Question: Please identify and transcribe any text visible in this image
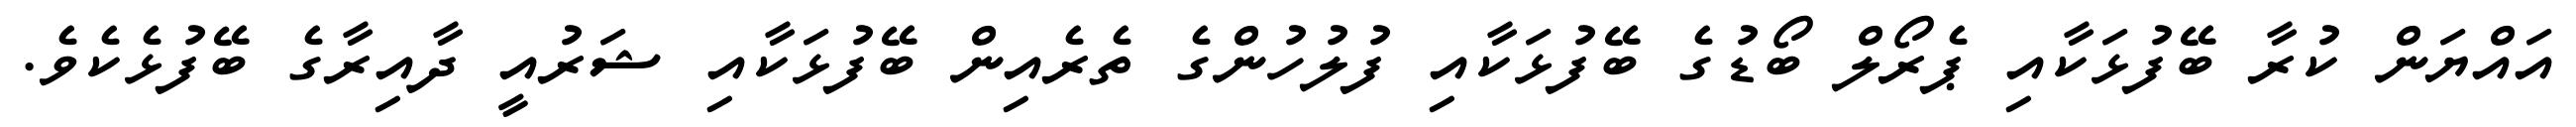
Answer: އައްޔަން ކުރާ ބޭފުޅަކާއި ޕެރޯލް ބޯޑުގެ ބޭފުޅަކާއި ފުލުހުންގެ ތެރެއިން ބޭފުޅަކާއި ޝަރުއީ ދާއިރާގެ ބޭފުޅެކެވެ.